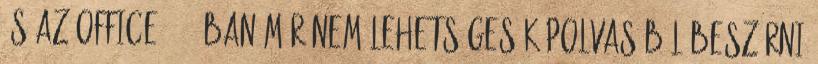
és az Office 2016-ban már nem lehetséges képolvasóból beszúrni